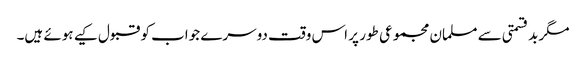
مگر بدقسمتی سے مسلمان مجموعی طور پر اس وقت دوسرے جواب کو قبول کیے ہوئے ہیں۔